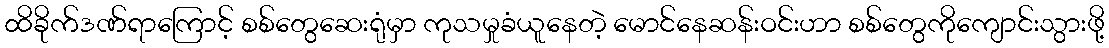
ထိခိုက်ဒဏ်ရာကြောင့် စစ်တွေဆေးရုံမှာ ကုသမှုခံယူနေတဲ့ မောင်နေဆန်းဝင်းဟာ စစ်တွေကိုကျောင်းသွားဖို့